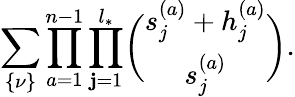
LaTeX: \sum_{\{ \nu\} }\prod_{a=1}^{n-1}\prod_{\mathbf{j}=1}^{l_{*}}\biggl(\begin{array}{c}{{s_{j}^{(a)}+h_{j}^{(a)}}}\\ {{s_{j}^{(a)}}}\end{array}\biggr).